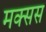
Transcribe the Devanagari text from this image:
मक्सस